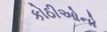
કોઠીઓનો